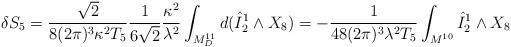
LaTeX: \begin{align*}\delta S_{5} = \frac{\sqrt{2}}{8(2\pi)^3 \kappa^2 T_5} \frac{1}{6\sqrt{2}} \frac{\kappa^2}{\lambda^2} \int_{M^{11}_D} d( \hat{I}^1_2 \wedge X_8 )= - \frac{1}{48(2\pi)^3 \lambda^2 T_5} \int_{M^{10}} \hat{I}^1_2 \wedge X_8\end{align*}